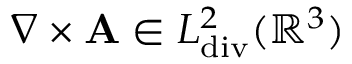
\nabla \times \mathbf { A } \in L _ { \mathrm { d i v } } ^ { 2 } ( \mathbb { R } ^ { 3 } )